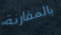
بالمقارنة